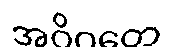
အဝိဂတေ